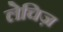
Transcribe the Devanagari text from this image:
लेचिज़